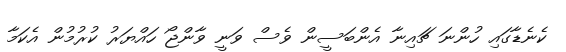
ކެނެޑާގައި ހުންނަ ޗައިނާ އެންބަސީން ވެސް ވަނީ ވާންޖޯ ހައްޔަރު ކުރުމުން އެކަމާ